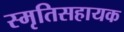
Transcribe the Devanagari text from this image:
स्मृतिसहायक